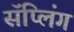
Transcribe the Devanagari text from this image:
सॅप्लिंग